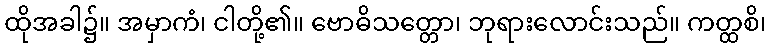
ထိုအခါ၌။ အမှာကံ၊ ငါတို့၏။ ဗောဓိသတ္တော၊ ဘုရားလောင်းသည်။ ကတ္ထစိ၊